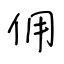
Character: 佣